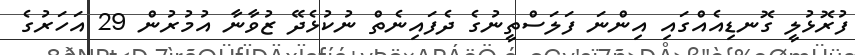
ފުރޮޅުލީ ގޮނޑިއެއްގައި އިންނަ ފަލަސްތީނުގެ ދެފައިނެތް ނުކުޅެދޭ ޒުވާނާ އުމުރުން 29 އަހަރުގެ